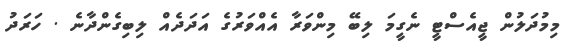
މިމުދަލުން ޖީއެސްޓީ ނެގީމަ ލިބޭ މިންވަރާ އެއްވަރުގެ އަދަދެއް ލިބިގެންދާނެ . ހަރަދު